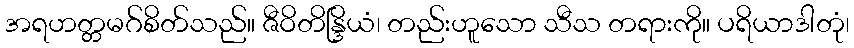
အရဟတ္တမဂ်စိတ်သည်။ ဇီဝိတိန္ဒြိယံ၊ တည်းဟူသော သီသ တရားကို။ ပရိယာဒါတုံ၊